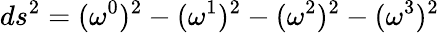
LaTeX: ds^{2}=({\omega}^{0})^{2}-({\omega}^{1})^{2}-({\omega}^{2})^{2}-({\omega}^{3})^{2}